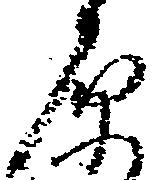
原